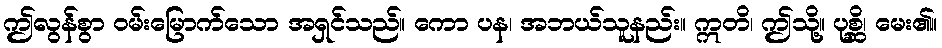
ဤလွန်စွာ ဝမ်းမြောက်သော အရှင်သည်။ ကော ပန၊ အဘယ်သူနည်း။ ဣတိ၊ ဤသို့။ ပုစ္ဆိ၊ မေး၏။